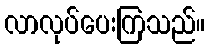
လာလုပ်ပေးကြသည်။